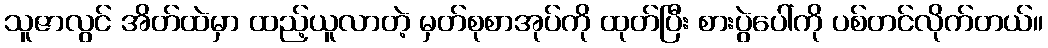
သူဇာလွင် အိတ်ထဲမှာ ထည့်ယူလာတဲ့ မှတ်စုစာအုပ်ကို ထုတ်ပြီး စားပွဲပေါ်ကို ပစ်တင်လိုက်တယ်။